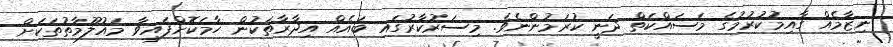
ނިޒާމެއް ގާއިމުކުރުމުގެ މަސައްކަތް ދަނީ ކުރަމުންނެވެ. މިސަރުކާރުގައި ބައެއް އިދާރާތަކުން ހާމަކޮށްފައިވާ މައުލޫމާތުތަކަށް